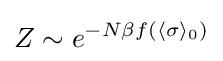
Z\sim e^{-N\beta f(\langle \sigma \rangle _{0})}